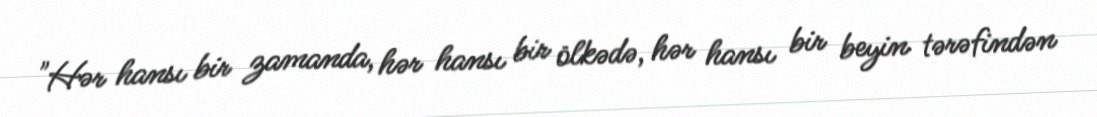
"Hər hansı bir zamanda, hər hansı bir ölkədə, hər hansı bir beyin tərəfindən